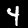
Digit: 4